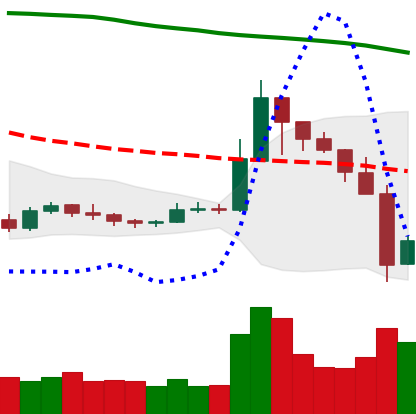
Ticker: XRP-USD
Chart end date: 2019-09-25
Forward return: 3.852%
Label: up_3_5